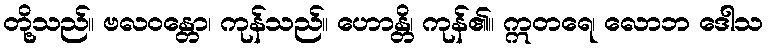
တို့သည်။ ဗလဝန္တော၊ ကုန်သည်။ ဟောန္တိ၊ ကုန်၏။ ဣတရေ၊ လောဘ ဒေါသ